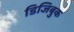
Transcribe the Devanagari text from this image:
डिजिबुक